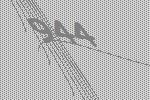
944